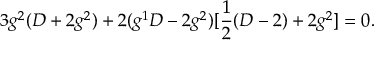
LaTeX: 3 g ^ { 2 } ( D + 2 g ^ { 2 } ) + 2 ( g ^ { 1 } D - 2 g ^ { 2 } ) [ \frac { 1 } { 2 } ( D - 2 ) + 2 g ^ { 2 } ] = 0 .